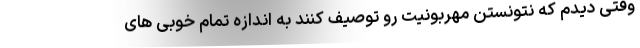
وقتی دیدم که نتونستن مهربونیت رو توصیف کنند به اندازه تمام خوبی های